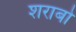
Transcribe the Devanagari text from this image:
शराबो